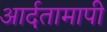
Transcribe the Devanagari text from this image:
आर्दतामापी